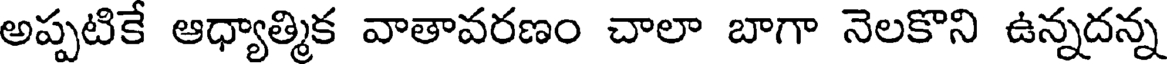
అప్పటికే ఆధ్యాత్మిక వాతావరణం చాలా బాగా నెలకొని ఉన్నదన్న